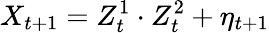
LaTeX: X_{t+1}=Z_{t}^{1}\cdot Z_{t}^{2}+\eta_{t+1}